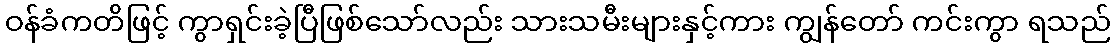
ဝန်ခံကတိဖြင့် ကွာရှင်းခဲ့ပြီဖြစ်သော်လည်း သားသမီးများနှင့်ကား ကျွန်တော် ကင်းကွာ ရသည်